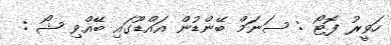
ހަވީރު ފޮޓޯ : ސަނަމް ބޭންޑުން އައްޑޫގައި ބޭއްވި ޝޯ :